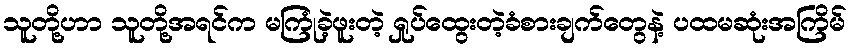
သူတို့ဟာ သူတို့အရင်က မကြုံခဲ့ဖူးတဲ့ ရှုပ်ထွေးတဲ့ခံစားချက်တွေနဲ့ ပထမဆုံးအကြိမ်